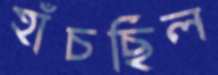
হাঁচছিল